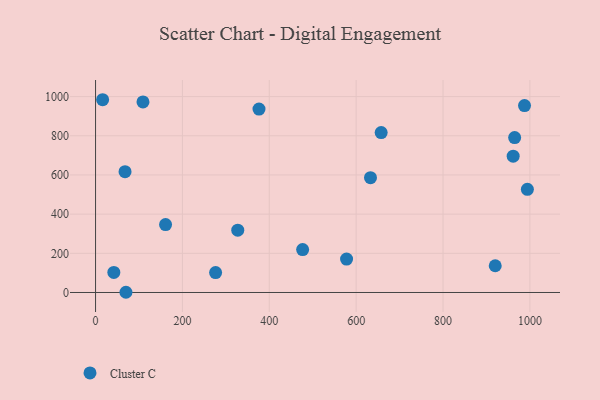
{"axis": {"x": "Price", "y": "Exam Score"}, "legend": ["Cluster C"], "data": [{"x": "633.0", "y": 586.0, "type": "Cluster C"}, {"x": "657.6", "y": 816.4, "type": "Cluster C"}, {"x": "276.4", "y": 101.7, "type": "Cluster C"}, {"x": "961.5", "y": 696.0, "type": "Cluster C"}, {"x": "994.2", "y": 526.4, "type": "Cluster C"}, {"x": "577.9", "y": 170.6, "type": "Cluster C"}, {"x": "964.9", "y": 791.0, "type": "Cluster C"}, {"x": "109.2", "y": 972.6, "type": "Cluster C"}, {"x": "327.4", "y": 317.9, "type": "Cluster C"}, {"x": "161.2", "y": 346.6, "type": "Cluster C"}, {"x": "67.9", "y": 616.6, "type": "Cluster C"}, {"x": "16.3", "y": 984.0, "type": "Cluster C"}, {"x": "920.2", "y": 136.4, "type": "Cluster C"}, {"x": "376.3", "y": 936.1, "type": "Cluster C"}, {"x": "476.8", "y": 219.2, "type": "Cluster C"}, {"x": "42.1", "y": 102.3, "type": "Cluster C"}, {"x": "70.0", "y": 1.1, "type": "Cluster C"}, {"x": "987.6", "y": 954.2, "type": "Cluster C"}]}